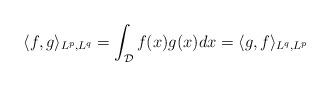
LaTeX: \begin{align*} \langle f,g\rangle_{L^p,L^q} = \int_{\mathcal{D}}f(x)g(x)dx = \langle g,f\rangle_{L^q,L^p}\end{align*}